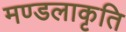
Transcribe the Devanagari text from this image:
मण्डलाकृति